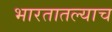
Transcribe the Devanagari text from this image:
भारतातल्याच